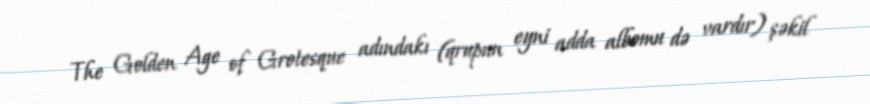
The Golden Age of Grotesque adındakı (qrupun eyni adda albomu də vardır) şəkil